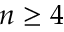
n \ge 4